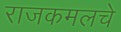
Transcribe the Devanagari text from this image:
राजकमलचे